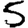
Digit: 5